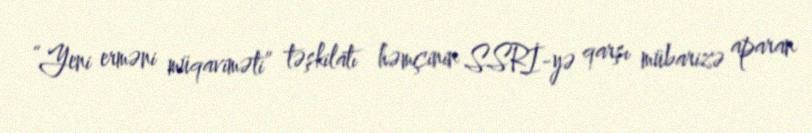
“Yeni erməni müqaviməti” təşkilatı həmçinin SSRİ-yə qarşı mübarizə aparan